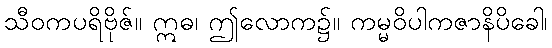
သီဝကပရိဗိုဇ်။ ဣဓ၊ ဤလောက၌။ ကမ္မဝိပါကဇာနိပိခေါ၊